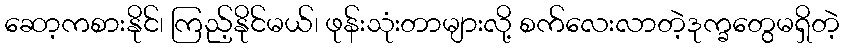
ဆော့ကစားနိုင်၊ ကြည့်နိုင်မယ်၊ ဖုန်းသုံးတာများလို့ စက်လေးလာတဲ့ဒုက္ခတွေမရှိတဲ့